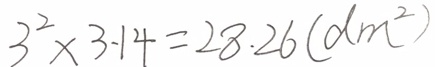
3 ^ { 2 } \times 3 . 1 4 = 2 8 . 2 6 ( d m ^ { 2 } )